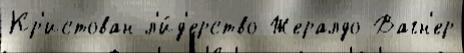
Кр'истован л'и́д'ерство Жералдо Вагн'ер